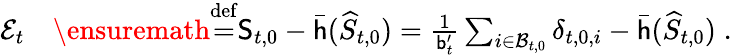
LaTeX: \begin{array}{rl}{\mathcal{E}_{t}}&{\ensuremath{\stackrel{\mathrm{def}}{=}}\mathsf{S}_{t,0}-\bar{\mathsf{h}}(\widehat{S}_{t,0})=\frac{1}{\mathsf{b}_{t}^{\prime}}\sum_{i\in\mathcal{B}_{t,0}}\delta_{t,0,i}-\bar{\mathsf{h}}(\widehat{S}_{t,0})\; .}\end{array}